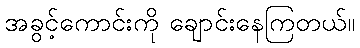
အခွင့်ကောင်းကို ချောင်းနေကြတယ်။